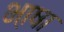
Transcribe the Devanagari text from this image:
भा़षा